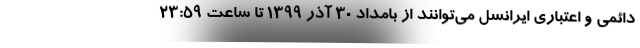
دائمی و اعتباری ایرانسل می‌توانند از بامداد ۳۰ آذر ۱۳۹۹ تا ساعت ۲۳:۵۹